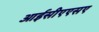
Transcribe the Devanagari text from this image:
आईसीएएसए